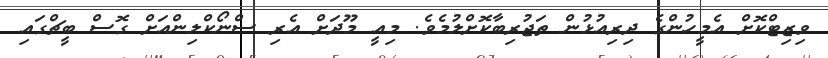
ވިޒިޓްކޮށް އެމީހުންގެ ދިރިއުޅުން ތަޖުރިބާކޮށްލުމެވެ. މިއީ މޫދަށް އެރި ސްނޯކްލިންއަށް ގޮސް ބީޗްގައި